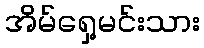
အိမ်ရှေ့မင်းသား